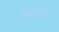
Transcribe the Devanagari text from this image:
फिजियो